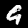
Label: 9